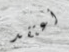
أعتقد